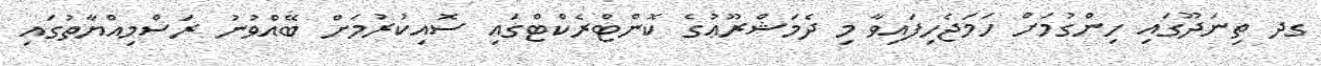
ގދ ތިނަދޫގައި ހިންގުމަށް ހަމަޖެހިފައިވާ މި ދެމަޝްރޫޢުގެ ކޮންޓްރެކްޓްގައި ސޮއިކުރުމަށް ބޭއްވުނު ރަސްމިއްޔާތުގައި